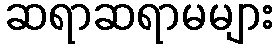
ဆရာဆရာမများ